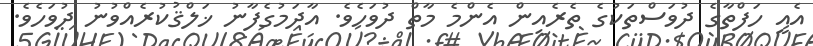
އެއީ ހަފްތާގެ ދުވަސްތަކުގެ ތެރެއިން އެންމެ މާތް ދުވަހެވެ. އާދަމުގެފާނު ޚަލްޤުކުރެއްވުނު ދުވަހެވެ.